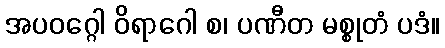
အပဝဂ္ဂေါ ဝိရာဂေါ စ၊ ပဏီတ မစ္စုတံ ပဒံ။